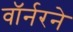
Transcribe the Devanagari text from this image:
वॉर्नरने